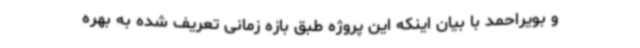
و بویراحمد با بیان اینکه این پروژه طبق بازه زمانی تعریف شده به بهره